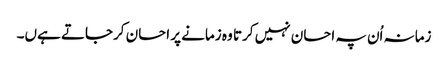
زمانہ اُن پہ احسان نہیں کرتا وہ زمانے پر احسان کرجاتے ہےں۔